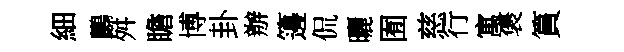
細鸝舛瞻博卦辦籩侃曬囿慈行寓褒篔